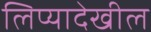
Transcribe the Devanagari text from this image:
लिप्यादेखील